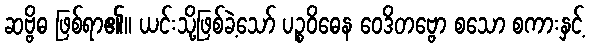
ဆဗ္ဗိဓ ဖြစ်ရာ၏။ ယင်းသို့ဖြစ်ခဲ့သော် ပဉ္စဝိဓေန ဝေဒိတဗ္ဗော စသော စကားနှင့်